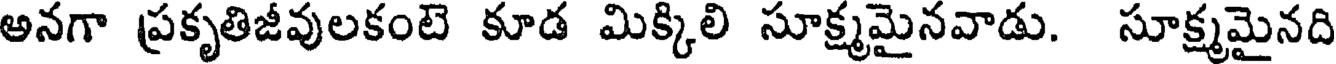
అనగా ప్రకృతిజీవులకంటె కూడ మిక్కిలి సూక్ష్మమైనవాడు. సూక్ష్మమైనది